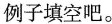
例子填空吧。